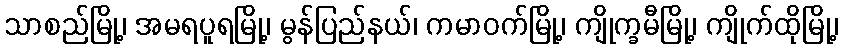
သာစည်မြို့၊ အမရပူရမြို့၊ မွန်ပြည်နယ်၊ ကမာဝက်မြို့၊ ကျိုက္ခမီမြို့၊ ကျိုက်ထိုမြို့၊